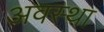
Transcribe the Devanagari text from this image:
अवस्‍था